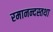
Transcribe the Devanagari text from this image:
रमानन्दस्तथा